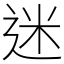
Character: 迷